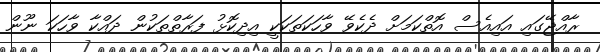
ރާއްޖޭގައި އައިއެސް އޮތްކަމަށް ދެކެވޭ ވާހަކަތަކަކީ އިދިކޮޅު ފަރާތްތަކުން ދައްކާ ވާހަކަ ނޫން